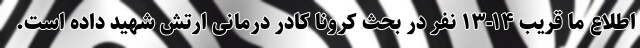
اطلاع ما قریب ۱۴-۱۳ نفر در بحث کرونا کادر درمانی ارتش شهید داده است.